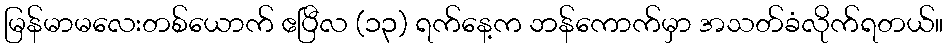
မြန်မာမလေးတစ်ယောက် ဧပြီလ (၁၃) ရက်နေ့က ဘန်ကောက်မှာ အသတ်ခံလိုက်ရတယ်။